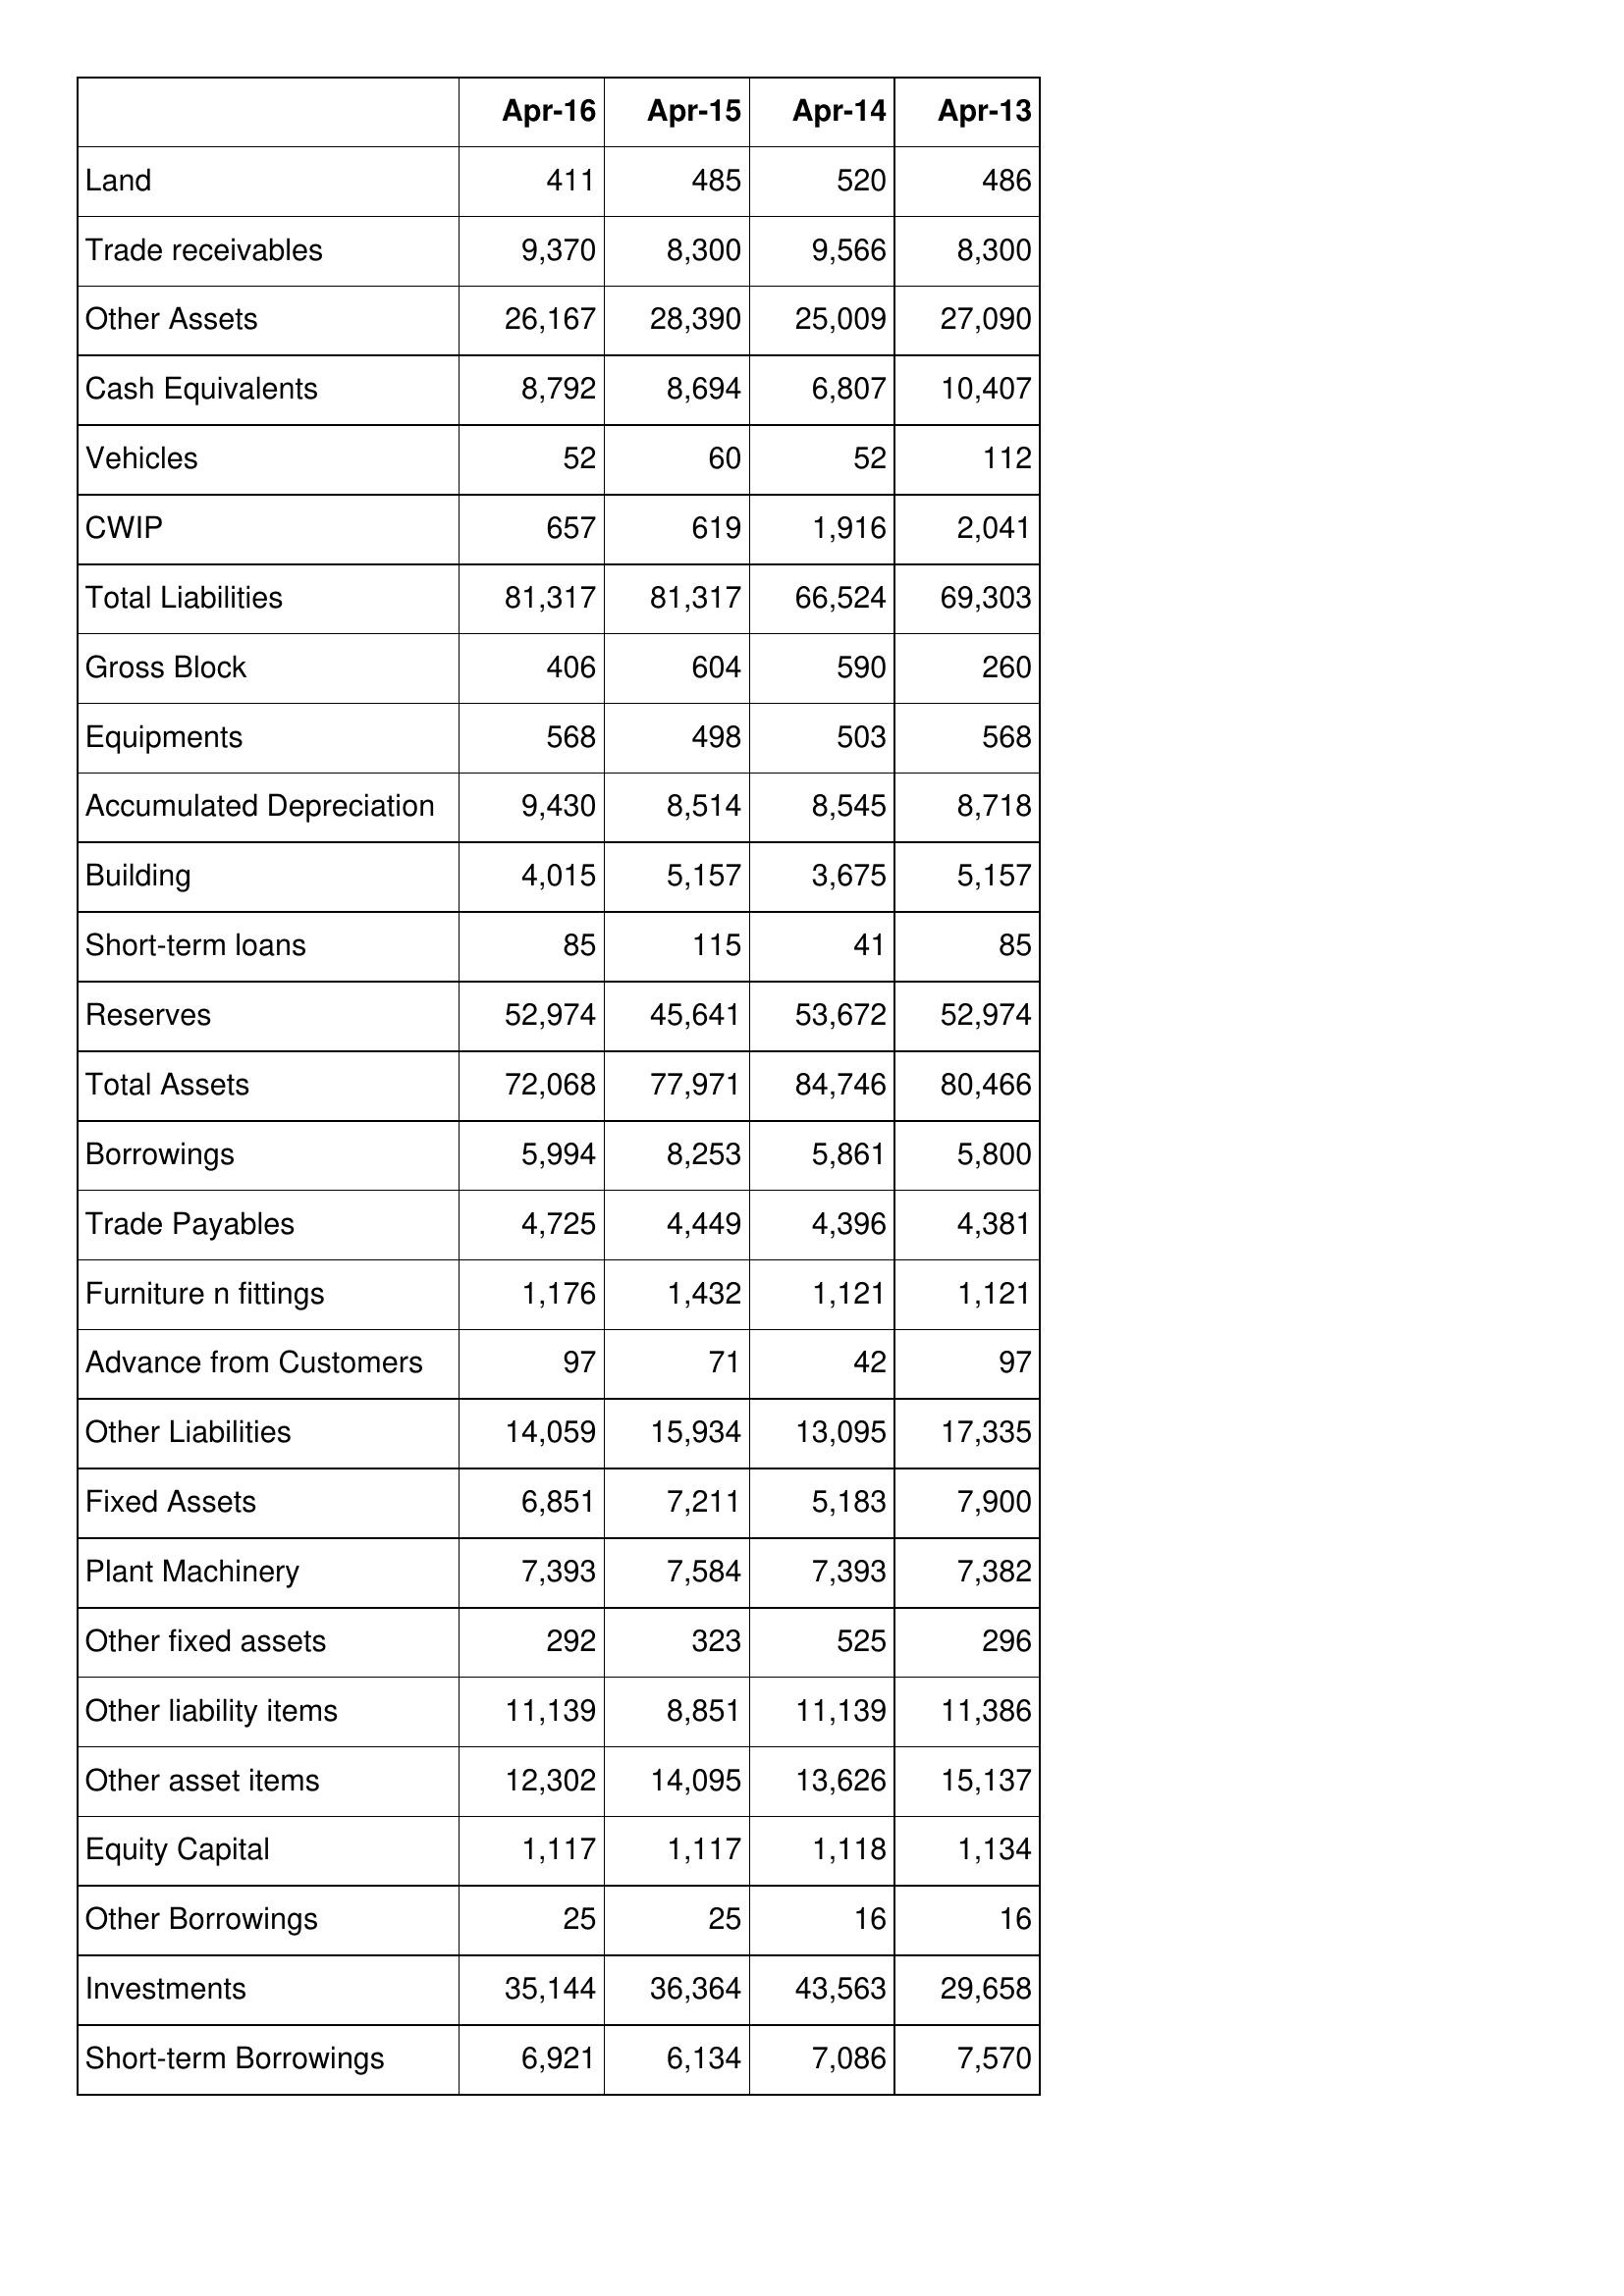
Apr-16: Balance Sheet: Land: 411
Trade receivables: 9,370
Other Assets: 26,167
Cash Equivalents: 8,792
Vehicles: 52
CWIP: 657
Total Liabilities: 81,317
Gross Block: 406
Equipments: 568
Accumulated Depreciation: 9,430
Building: 4,015
Short-term loans: 85
Reserves: 52,974
Total Assets: 72,068
Borrowings: 5,994
Trade Payables: 4,725
Furniture n fittings: 1,176
Advance from Customers: 97
Other Liabilities: 14,059
Fixed Assets: 6,851
Plant Machinery: 7,393
Other fixed assets: 292
Other liability items: 11,139
Other asset items: 12,302
Equity Capital: 1,117
Other Borrowings: 25
Investments: 35,144
Short-term Borrowings: 6,921
Apr-15: Balance Sheet: Land: 485
Trade receivables: 8,300
Other Assets: 28,390
Cash Equivalents: 8,694
Vehicles: 60
CWIP: 619
Total Liabilities: 81,317
Gross Block: 604
Equipments: 498
Accumulated Depreciation: 8,514
Building: 5,157
Short-term loans: 115
Reserves: 45,641
Total Assets: 77,971
Borrowings: 8,253
Trade Payables: 4,449
Furniture n fittings: 1,432
Advance from Customers: 71
Other Liabilities: 15,934
Fixed Assets: 7,211
Plant Machinery: 7,584
Other fixed assets: 323
Other liability items: 8,851
Other asset items: 14,095
Equity Capital: 1,117
Other Borrowings: 25
Investments: 36,364
Short-term Borrowings: 6,134
Apr-14: Balance Sheet: Land: 520
Trade receivables: 9,566
Other Assets: 25,009
Cash Equivalents: 6,807
Vehicles: 52
CWIP: 1,916
Total Liabilities: 66,524
Gross Block: 590
Equipments: 503
Accumulated Depreciation: 8,545
Building: 3,675
Short-term loans: 41
Reserves: 53,672
Total Assets: 84,746
Borrowings: 5,861
Trade Payables: 4,396
Furniture n fittings: 1,121
Advance from Customers: 42
Other Liabilities: 13,095
Fixed Assets: 5,183
Plant Machinery: 7,393
Other fixed assets: 525
Other liability items: 11,139
Other asset items: 13,626
Equity Capital: 1,118
Other Borrowings: 16
Investments: 43,563
Short-term Borrowings: 7,086
Apr-13: Balance Sheet: Land: 486
Trade receivables: 8,300
Other Assets: 27,090
Cash Equivalents: 10,407
Vehicles: 112
CWIP: 2,041
Total Liabilities: 69,303
Gross Block: 260
Equipments: 568
Accumulated Depreciation: 8,718
Building: 5,157
Short-term loans: 85
Reserves: 52,974
Total Assets: 80,466
Borrowings: 5,800
Trade Payables: 4,381
Furniture n fittings: 1,121
Advance from Customers: 97
Other Liabilities: 17,335
Fixed Assets: 7,900
Plant Machinery: 7,382
Other fixed assets: 296
Other liability items: 11,386
Other asset items: 15,137
Equity Capital: 1,134
Other Borrowings: 16
Investments: 29,658
Short-term Borrowings: 7,570